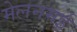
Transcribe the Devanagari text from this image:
मेलनमई